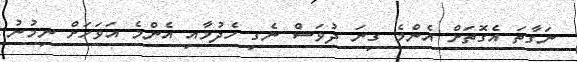
ނަގާތަ އެގޮތަށް އެންމެ ގިނަ ދުވަސް ނެގި ހެދުމާއި އެންމެ އަވަހަށް ނިމުނު